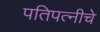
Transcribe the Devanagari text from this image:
पतिपत्नीचे